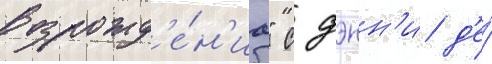
возрожд'е́н'иа" с дэнн'и д'е́